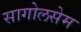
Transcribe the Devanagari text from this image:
सागोलसेम